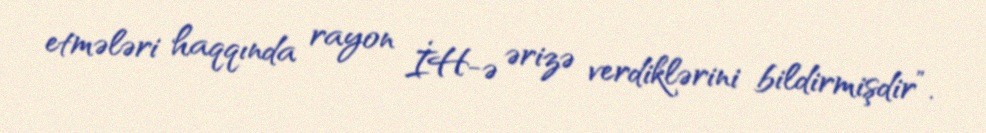
etmələri haqqında rayon İH-ə ərizə verdiklərini bildirmişdir”.